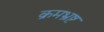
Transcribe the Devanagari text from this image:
क्रमभ्रष्ट